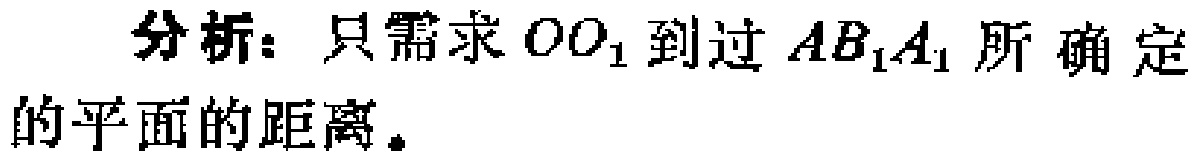
分析：只需求 \(OO_1\) 到过 \(AB_1A_1\) 所确定的平面的距离。